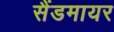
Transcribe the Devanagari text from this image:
सैंडमायर